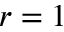
r = 1